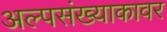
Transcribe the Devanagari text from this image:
अल्पसंख्याकावर